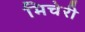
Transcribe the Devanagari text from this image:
मिचेरी